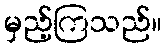
မှည့်ကြသည်။